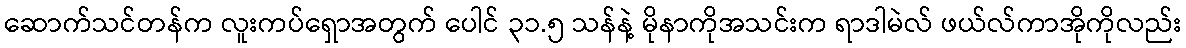
ဆောက်သင်တန်က လူးကပ်ရှောအတွက် ပေါင် ၃၁.၅ သန်နဲ့ မိုနာကိုအသင်းက ရာဒါမဲလ် ဖယ်လ်ကာအိုကိုလည်း